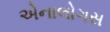
એનાલોગસ